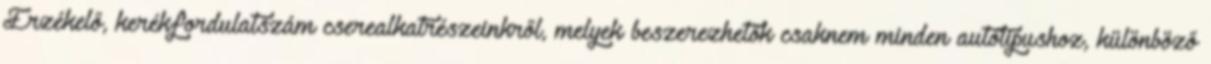
Érzékelő, kerékfordulatszám cserealkatrészeinkről, melyek beszerezhetők csaknem minden autótipushoz, különböző